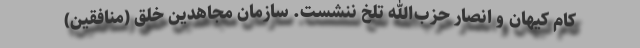
کام کیهان و انصار حزب‌الله تلخ ننشست. سازمان مجاهدین خلق (منافقین)